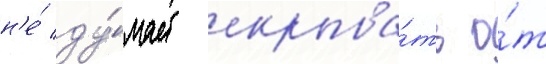
н'е́ ду́мает скрыва́ть о́т